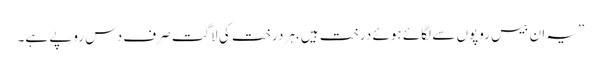
”یہ ان بیس روپوں سے لگائے ہوئے درخت ہیں،ہر درخت کی لاگت صرف دس روپے ہے۔